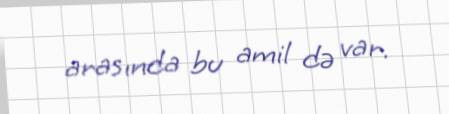
arasında bu amil də var.